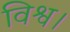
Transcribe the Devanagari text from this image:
विश्व।